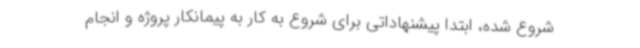
شروع شده، ابتدا پیشنهاداتی برای شروع به کار به پیمانکار پروژه و انجام